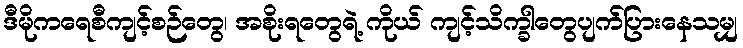
ဒီမိုကရေစီကျင့်စဉ်တွေ၊ အစိုးရတွေရဲ့ ကိုယ် ကျင့်သိက္ခါတွေပျက်ပြားနေသမျှ